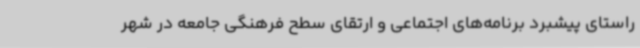
راستای پیشبرد برنامه‌های اجتماعی و ارتقای سطح فرهنگی جامعه در شهر